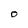
Character: O